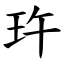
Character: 玝